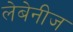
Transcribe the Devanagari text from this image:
लेबेनीज